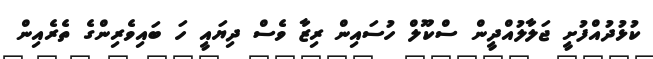
ކުޅުދުއްފުށީ ޖަލާލުއްދީން ސްކޫލް ހުސައިން ރިޒާ ވެސް ދިޔައީ ހަ ބައިވެރިންގެ ތެރެއިން